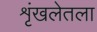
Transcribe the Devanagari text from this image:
शृंखलेतला